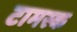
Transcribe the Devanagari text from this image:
टामस्क